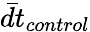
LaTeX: \bar{dt}_{control}